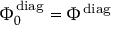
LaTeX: \Phi _ { 0 } ^ { \mathrm { d i a g } } = \Phi ^ { \mathrm { d i a g } } \;